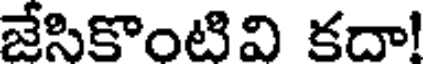
జేసికొంటి వి కదా!